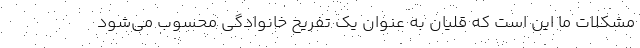
مشکلات ما این است که قلیان به عنوان یک تفریح خانوادگی محسوب می‌شود